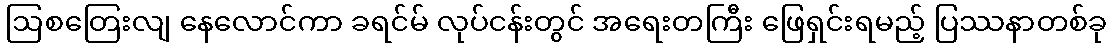
ဩစတြေးလျ နေလောင်ကာ ခရင်မ် လုပ်ငန်းတွင် အရေးတကြီး ဖြေရှင်းရမည့် ပြဿနာတစ်ခု